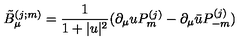
\tilde { B } _ { \mu } ^ { ( j ; m ) } = \frac { 1 } { 1 + | u | ^ { 2 } } ( \partial _ { \mu } u P _ { m } ^ { ( j ) } - \partial _ { \mu } \bar { u } P _ { - m } ^ { ( j ) } )